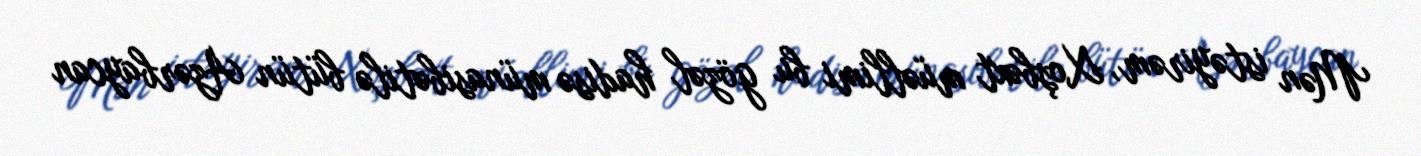
Mən istəyirəm, Xoşbəxt müəllimi bu gözəl hadisə münasibətilə bütün Azərbaycan